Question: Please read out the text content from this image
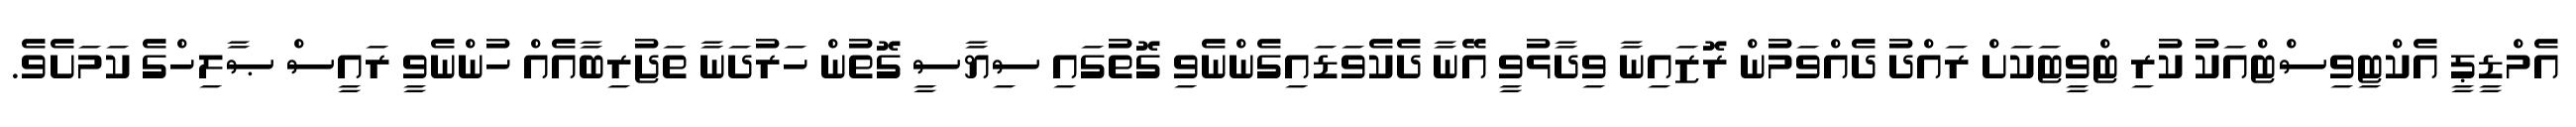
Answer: އެމްޑީޕީ އެކްޓިވިސްޓްއަކު ކުރި ޓްވީޓަކަށް ރައްދު ދެއްވަމުން ރޮޒައިނާ ވިދާޅުވީ އޭނާ ދެކެވަޑައިގެންނެވި ގޮތުގައި ސިޔާސީ ގޮތުން ހަރުދަނާ ތަޖުރިބާއެއް ހުންނެވީ ރައީސް ޞާލިހްގެ ކަމަށެވެ.